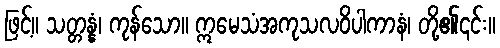
ဖြင့်။ သတ္တန္နံ၊ ကုန်သော။ ဣမေသံအကုသလဝိပါကာနံ၊ တို့၏၎င်း။